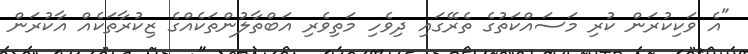
"އެ ވަކިކުރަން ކުރި މަސައްކަތުގެ ތެރޭގައި ދިވެހި މަތިވެރި އަބްތާލުންތަކެއްގެ ޒިކުރާތަކެއް އާކުރަން